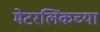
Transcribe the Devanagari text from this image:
मेटरलिंकच्या